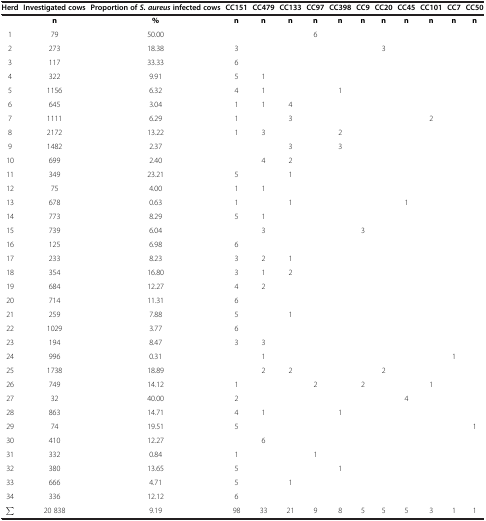
<table><thead><tr><td><b>Herd</b></td><td><b>Investigated cows</b></td><td><b>Proportion of<i>S. aureus</i>infected cows</b></td><td><b>CC151</b></td><td><b>CC479</b></td><td><b>CC133</b></td><td><b>CC97</b></td><td><b>CC398</b></td><td><b>CC9</b></td><td><b>CC20</b></td><td><b>CC45</b></td><td><b>CC101</b></td><td><b>CC7</b></td><td><b>CC50</b></td></tr></thead><tbody><tr><td> </td><td><b>n</b></td><td><b>%</b></td><td><b>n</b></td><td><b>n</b></td><td><b>n</b></td><td><b>n</b></td><td><b>n</b></td><td><b>n</b></td><td><b>n</b></td><td><b>n</b></td><td><b>n</b></td><td><b>n</b></td><td><b>n</b></td></tr><tr><td>1</td><td>79</td><td>50.00</td><td> </td><td> </td><td> </td><td>6</td><td> </td><td> </td><td> </td><td> </td><td> </td><td> </td><td> </td></tr><tr><td>2</td><td>273</td><td>18.38</td><td>3</td><td> </td><td> </td><td> </td><td> </td><td> </td><td>3</td><td> </td><td> </td><td> </td><td> </td></tr><tr><td>3</td><td>117</td><td>33.33</td><td>6</td><td> </td><td> </td><td> </td><td> </td><td> </td><td> </td><td> </td><td> </td><td> </td><td> </td></tr><tr><td>4</td><td>322</td><td>9.91</td><td>5</td><td>1</td><td> </td><td> </td><td> </td><td> </td><td> </td><td> </td><td> </td><td> </td><td> </td></tr><tr><td>5</td><td>1156</td><td>6.32</td><td>4</td><td>1</td><td> </td><td> </td><td>1</td><td> </td><td> </td><td> </td><td> </td><td> </td><td> </td></tr><tr><td>6</td><td>645</td><td>3.04</td><td>1</td><td>1</td><td>4</td><td> </td><td> </td><td> </td><td> </td><td> </td><td> </td><td> </td><td> </td></tr><tr><td>7</td><td>1111</td><td>6.29</td><td>1</td><td> </td><td>3</td><td> </td><td> </td><td> </td><td> </td><td> </td><td>2</td><td> </td><td> </td></tr><tr><td>8</td><td>2172</td><td>13.22</td><td>1</td><td>3</td><td> </td><td> </td><td>2</td><td> </td><td> </td><td> </td><td> </td><td> </td><td> </td></tr><tr><td>9</td><td>1482</td><td>2.37</td><td> </td><td> </td><td>3</td><td> </td><td>3</td><td> </td><td> </td><td> </td><td> </td><td> </td><td> </td></tr><tr><td>10</td><td>699</td><td>2.40</td><td> </td><td>4</td><td>2</td><td> </td><td> </td><td> </td><td> </td><td> </td><td> </td><td> </td><td> </td></tr><tr><td>11</td><td>349</td><td>23.21</td><td>5</td><td> </td><td>1</td><td> </td><td> </td><td> </td><td> </td><td> </td><td> </td><td> </td><td> </td></tr><tr><td>12</td><td>75</td><td>4.00</td><td>1</td><td>1</td><td> </td><td> </td><td> </td><td> </td><td> </td><td> </td><td> </td><td> </td><td> </td></tr><tr><td>13</td><td>678</td><td>0.63</td><td>1</td><td> </td><td>1</td><td> </td><td> </td><td> </td><td> </td><td>1</td><td> </td><td> </td><td> </td></tr><tr><td>14</td><td>773</td><td>8.29</td><td>5</td><td>1</td><td> </td><td> </td><td> </td><td> </td><td> </td><td> </td><td> </td><td> </td><td> </td></tr><tr><td>15</td><td>739</td><td>6.04</td><td> </td><td>3</td><td> </td><td> </td><td> </td><td>3</td><td> </td><td> </td><td> </td><td> </td><td> </td></tr><tr><td>16</td><td>125</td><td>6.98</td><td>6</td><td> </td><td> </td><td> </td><td> </td><td> </td><td> </td><td> </td><td> </td><td> </td><td> </td></tr><tr><td>17</td><td>233</td><td>8.23</td><td>3</td><td>2</td><td>1</td><td> </td><td> </td><td> </td><td> </td><td> </td><td> </td><td> </td><td> </td></tr><tr><td>18</td><td>354</td><td>16.80</td><td>3</td><td>1</td><td>2</td><td> </td><td> </td><td> </td><td> </td><td> </td><td> </td><td> </td><td> </td></tr><tr><td>19</td><td>684</td><td>12.27</td><td>4</td><td>2</td><td> </td><td> </td><td> </td><td> </td><td> </td><td> </td><td> </td><td> </td><td> </td></tr><tr><td>20</td><td>714</td><td>11.31</td><td>6</td><td> </td><td> </td><td> </td><td> </td><td> </td><td> </td><td> </td><td> </td><td> </td><td> </td></tr><tr><td>21</td><td>259</td><td>7.88</td><td>5</td><td> </td><td>1</td><td> </td><td> </td><td> </td><td> </td><td> </td><td> </td><td> </td><td> </td></tr><tr><td>22</td><td>1029</td><td>3.77</td><td>6</td><td> </td><td> </td><td> </td><td> </td><td> </td><td> </td><td> </td><td> </td><td> </td><td> </td></tr><tr><td>23</td><td>194</td><td>8.47</td><td>3</td><td>3</td><td> </td><td> </td><td> </td><td> </td><td> </td><td> </td><td> </td><td> </td><td> </td></tr><tr><td>24</td><td>996</td><td>0.31</td><td> </td><td>1</td><td> </td><td> </td><td> </td><td> </td><td> </td><td> </td><td> </td><td>1</td><td> </td></tr><tr><td>25</td><td>1738</td><td>18.89</td><td> </td><td>2</td><td>2</td><td> </td><td> </td><td> </td><td>2</td><td> </td><td> </td><td> </td><td> </td></tr><tr><td>26</td><td>749</td><td>14.12</td><td>1</td><td> </td><td> </td><td>2</td><td> </td><td>2</td><td> </td><td> </td><td>1</td><td> </td><td> </td></tr><tr><td>27</td><td>32</td><td>40.00</td><td>2</td><td> </td><td> </td><td> </td><td> </td><td> </td><td> </td><td>4</td><td> </td><td> </td><td> </td></tr><tr><td>28</td><td>863</td><td>14.71</td><td>4</td><td>1</td><td> </td><td> </td><td>1</td><td> </td><td> </td><td> </td><td> </td><td> </td><td> </td></tr><tr><td>29</td><td>74</td><td>19.51</td><td>5</td><td> </td><td> </td><td> </td><td> </td><td> </td><td> </td><td> </td><td> </td><td> </td><td>1</td></tr><tr><td>30</td><td>410</td><td>12.27</td><td> </td><td>6</td><td> </td><td> </td><td> </td><td> </td><td> </td><td> </td><td> </td><td> </td><td> </td></tr><tr><td>31</td><td>332</td><td>0.84</td><td>1</td><td> </td><td> </td><td>1</td><td> </td><td> </td><td> </td><td> </td><td> </td><td> </td><td> </td></tr><tr><td>32</td><td>380</td><td>13.65</td><td>5</td><td> </td><td> </td><td> </td><td>1</td><td> </td><td> </td><td> </td><td> </td><td> </td><td> </td></tr><tr><td>33</td><td>666</td><td>4.71</td><td>5</td><td> </td><td>1</td><td> </td><td> </td><td> </td><td> </td><td> </td><td> </td><td> </td><td> </td></tr><tr><td>34</td><td>336</td><td>12.12</td><td>6</td><td> </td><td> </td><td> </td><td> </td><td> </td><td> </td><td> </td><td> </td><td> </td><td> </td></tr><tr><td>∑</td><td>20 838</td><td>9.19</td><td>98</td><td>33</td><td>21</td><td>9</td><td>8</td><td>5</td><td>5</td><td>5</td><td>3</td><td>1</td><td>1</td></tr></tbody></table>